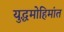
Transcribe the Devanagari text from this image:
युद्धमोहिमांत